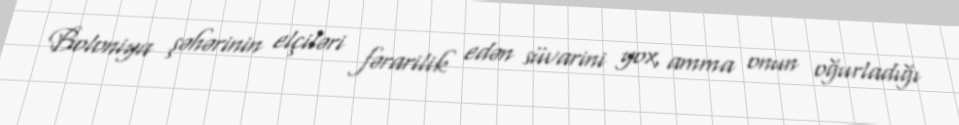
Boloniya şəhərinin elçiləri fərarilik edən süvarini yox, amma onun oğurladığı